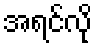
အရင်လို